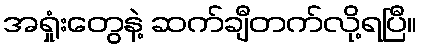
အရှုံးတွေနဲ့ ဆက်ချီတက်လို့ရပြီ။